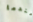
عندما